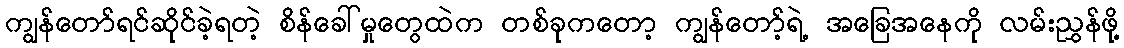
ကျွန်တော်ရင်ဆိုင်ခဲ့ရတဲ့ စိန်ခေါ်မှုတွေထဲက တစ်ခုကတော့ ကျွန်တော့်ရဲ့ အခြေအနေကို လမ်းညွှန်ဖို့